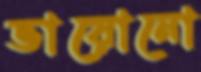
ভায়োনো